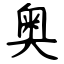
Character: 奥